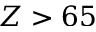
Z > 6 5